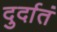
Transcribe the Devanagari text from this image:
दुर्दातं